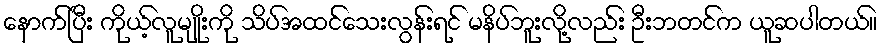
နောက်ပြီး ကိုယ့်လူမျိုးကို သိပ်အထင်သေးလွန်းရင် မနိပ်ဘူးလို့လည်း ဦးဘတင်က ယူဆပါတယ်။